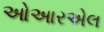
ઓઆરએલ